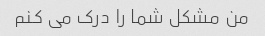
من مشکل شما را درک می کنم